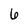
Character: 6